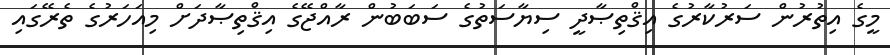
މީގެ އިތުރުން ސަރުކާރުގެ އިޤްތިޞާދީ ސިޔާސަތުގެ ސަބަބުން ރާއްޖޭގެ އިޤްތިޞާދަށް މިއަހަރުގެ ތެރޭގައި